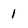
Character: 1